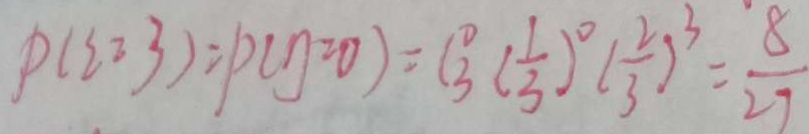
P ( \xi = 3 ) = p ( \eta = 0 ) = C \frac { 0 } { 3 } ( \frac { 1 } { 3 } ) ^ { 0 } ( \frac { 2 } { 3 } ) ^ { 3 } = \frac { 8 } { 2 7 }